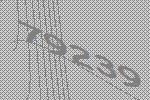
79239